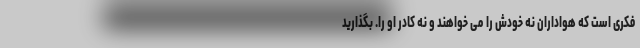
فکری است که هواداران نه خودش را می خواهند و نه کادر او را. بگذارید